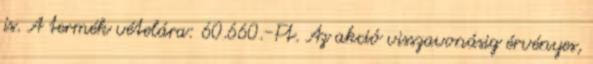
is. A termék vételára: 60.660.-Ft. Az akció visszavonásig érvényes,